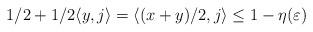
LaTeX: \begin{align*}1/2+1/2\langle y,j\rangle=\langle (x+y)/2,j\rangle\leq 1-\eta(\varepsilon)\end{align*}